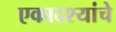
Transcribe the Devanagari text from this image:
एकादश्यांचे